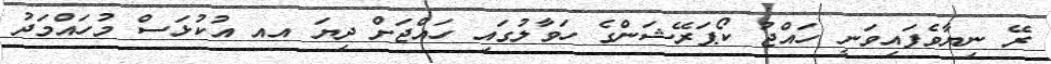
ރޭ ނިޔާވެފައިވަނީ ހައްޖު ކޯޕަރޭޝަންގެ ހަވާލުގައި ހައްޖަށް ދިޔަ އއ އުކުޅަސް މުހައްމަދު